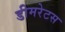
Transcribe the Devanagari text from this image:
डीमरेटस